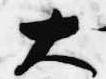
大